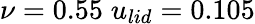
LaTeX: \nu=0.55\; u_{lid}=0.105